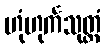
ဟုံဟုင်္ကသုတ္တံ